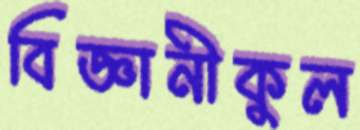
বিজ্ঞানীকুল